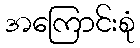
အကြောင်းစုံ